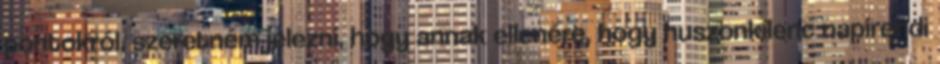
pontokról, szeretném jelezni, hogy annak ellenére, hogy huszonkilenc napirendi